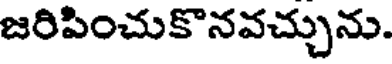
జరిపించుకొనవచ్చును.